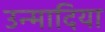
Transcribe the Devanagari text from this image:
उन्मादिया